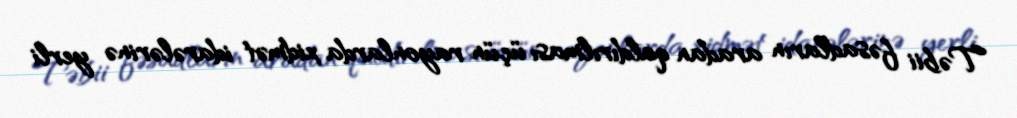
Təbii fəsadların aradan qaldırılması üçün rayonlarda xidmət idarələrinə yerli